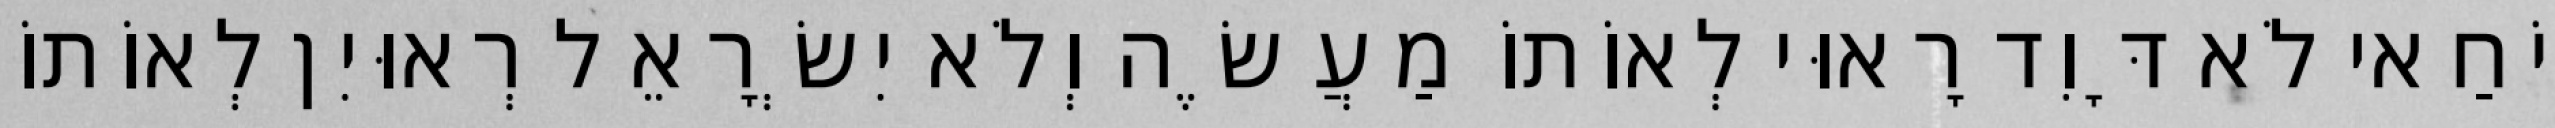
יוֹחַאי לֹא דָּוִד רָאוּי לְאוֹתוֹ מַעֲשֶׂה וְלֹא יִשְׂרָאֵל רְאוּיִן לְאוֹתוֹ